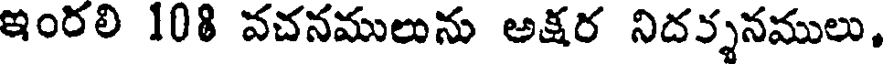
ఇంరలి 108 వచనములును అక్షర నిదర్శనములు,